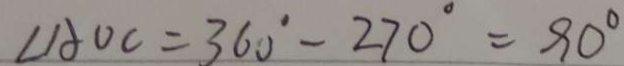
\angle A O C = 3 6 0 ^ { \circ } - 2 7 0 ^ { \circ } = 9 0 ^ { \circ }